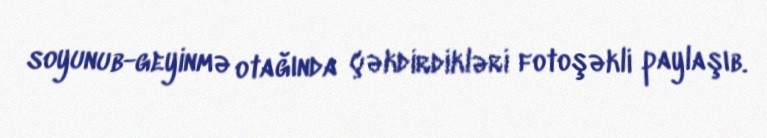
soyunub-geyinmə otağında çəkdirdikləri fotoşəkli paylaşıb.